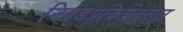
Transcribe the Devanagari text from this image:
निवडप्रक्रियेनुसार